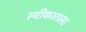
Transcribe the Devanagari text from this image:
स्वीकाराला